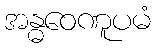
အန္ဓဝေဏူပမံ